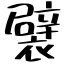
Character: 襞